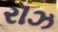
રૉઝ